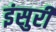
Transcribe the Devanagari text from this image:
इंसुरी